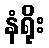
နံရိုး